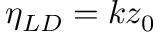
\eta _ { L D } = k z _ { 0 }